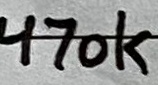
Text: 470k